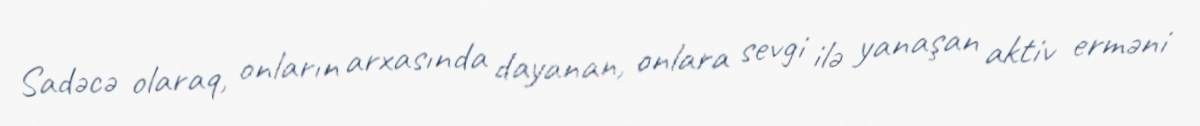
Sadəcə olaraq, onların arxasında dayanan, onlara sevgi ilə yanaşan aktiv erməni